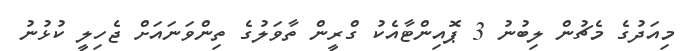
މިއަދުގެ މެޗުން ލިބުނު 3 ޕޮއިންޓާއެކު ގްރީން ތާވަލުގެ ތިންވަނައަށް ޖެހިލީ ކުޅުނު